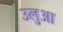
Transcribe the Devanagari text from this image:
उलुआ